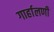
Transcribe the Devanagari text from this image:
गार्हालणी